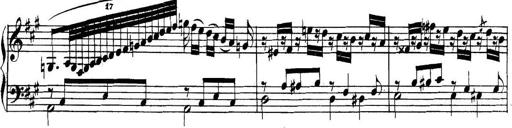
Title: Collected Piano Sonatas
Composer: Muzio Clementi